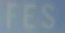
FES